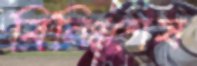
বিনিঃশেষ